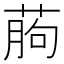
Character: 葋